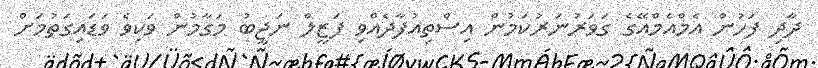
ދާދި ފަހުން އެމްއެމްއޭގެ ގަވަރުނަރުކަމުން އިސްތިއުފާދެއްވި ފަޒީލް ނަޖީބު މަގާމުން ވަކިވެ ވަަޑައިގަތުމަށް